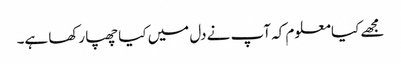
مجھے کیا معلوم کہ آپ نے دل میں کیا چھپا رکھا ہے۔